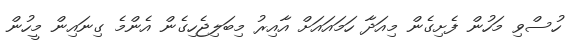
ހުސްވި މަހުން ފެށިގެން މިއަދާ ހަމައައަށް އާއިރު މިބަލިޖެހިގެން އެންމެ ގިނައިން މީހުން